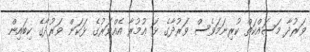
ވަރުދާ މަސައްކަތް ކުރިނަމަވެސް ވަރުދާގެ ޅަ ޢުމުރާ އެއްވަރުގެ ޅަކަން ވަރުދާގެ ކިބައިން